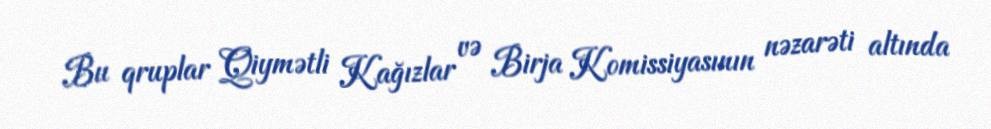
Bu qruplar Qiymətli Kağızlar və Birja Komissiyasının nəzarəti altında